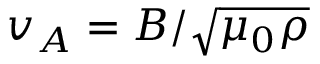
v _ { A } = B / \sqrt { \mu _ { 0 } \rho }